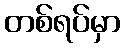
တစ်ရပ်မှာ